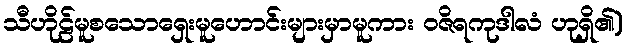
သီဟိုဠ်မူစသောရှေးမူဟောင်းများမှာမူကား ဝဇိရကုဒါလံ ဟုရှိ၏)